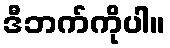
ဒီဘက်ကိုပါ။